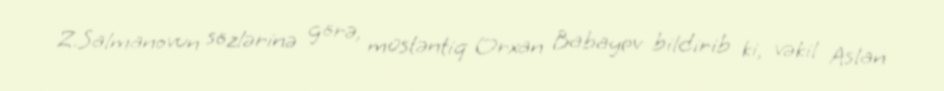
Z.Salmanovun sözlərinə görə, müstəntiq Orxan Babayev bildirib ki, vəkil Aslan